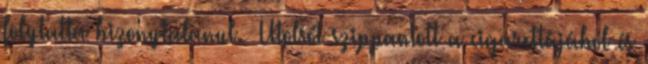
folytatta bizonytalanul. Utolsót szippantott a cigarettájából és